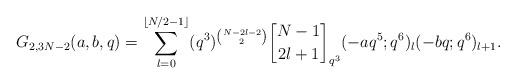
LaTeX: \begin{align*} G_{2,3N-2}(a,b,q) =\sum_{l=0}^{\lfloor N/2-1 \rfloor} (q^3)^{N-2l-2 \choose 2} \genfrac{[}{]}{0pt}{}{N-1}{2l+1}_{q^3}(-aq^5;q^6)_l(-bq;q^6)_{l+1}.\end{align*}